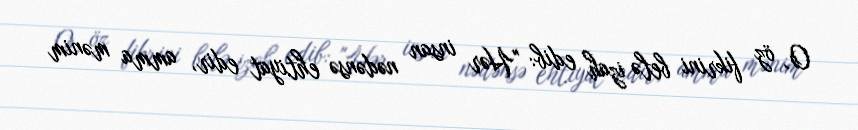
O, öz fikrini belə izah edib: "Hər insan nədənsə ehtiyat edir, amma mənim